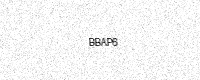
Text: BBAP6